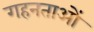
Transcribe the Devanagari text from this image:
गहनताओं